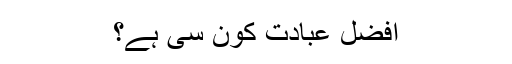
افضل عبادت کون سی ہے؟